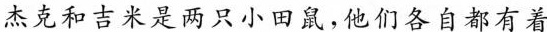
杰克和吉米是两只小田鼠，他们各自都有着